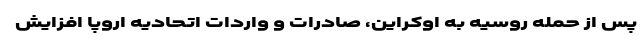
پس از حمله روسیه به اوکراین، صادرات و واردات اتحادیه اروپا افزایش